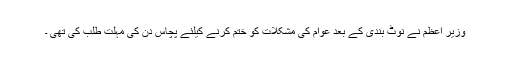
وزیر اعظم نے نوٹ بندی کے بعد عوام کی مشکلات کو ختم کرنے کیلئے پچاس دن کی مہلت طلب کی تھی ۔